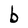
Character: b